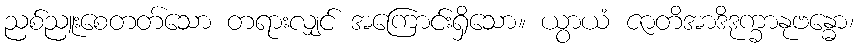
ညစ်ညူးစေတတ်သော တရားလျှင် အကြောင်းရှိသော။ ယွာယံ ဇာတိအာဒိဒုက္ခာနုဗန္ဓော၊